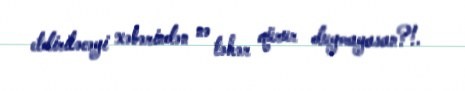
etdiriləcəyi xəbərindən nə təhər qürur duymayasan?!.